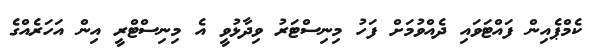
ކެމްޕެއިން ފައްޓަވައި ދެއްވުމަށް ފަހު މިނިސްޓަރު ވިދާޅުވީ އެ މިނިސްޓްރީ އިން އަހަރެއްގެ